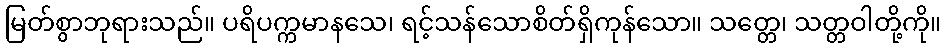
မြတ်စွာဘုရားသည်။ ပရိပက္ကမာနသေ၊ ရင့်သန်သောစိတ်ရှိကုန်သော။ သတ္တေ၊ သတ္တဝါတို့ကို။